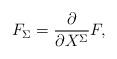
LaTeX: \begin{align*}F_{\Sigma}={\partial\over{\partial X^{\Sigma}}}F, \end{align*}